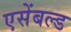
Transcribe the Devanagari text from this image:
एसेंबल्ड